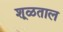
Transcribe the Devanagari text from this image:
शूळताल